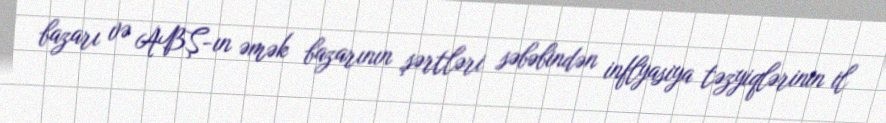
bazarı və ABŞ-ın əmək bazarının şərtləri səbəbindən inflyasiya təzyiqlərinin il